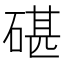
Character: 碪